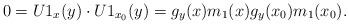
LaTeX: \begin{align*}0=U1_x(y)\cdot U1_{x_0}(y)=g_y(x)m_1(x)g_y(x_0)m_1(x_0).\end{align*}